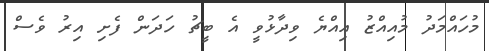
މުހައްމަދު މުއިއްޒު އިއްޔެ ވިދާޅުވީ އެ ބީޗު ހަދަން ފެށި އިރު ވެސް